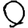
Digit: 0